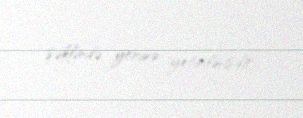
şəklində yerinə yetirilmişdir.